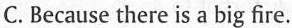
C. Because there is a big fire.